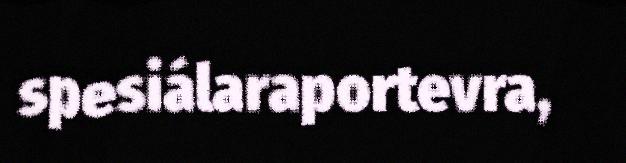
spesiálaraportevra,